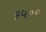
૬૫૦૦